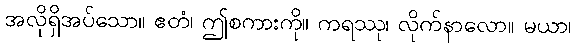
အလိုရှိအပ်သော။ ဧတံ၊ ဤစကားကို။ ကရဿု၊ လိုက်နာလော။ မယာ၊